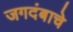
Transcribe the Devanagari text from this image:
जगदंबाचे